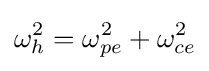
\omega _{h}^{2}=\omega _{pe}^{2}+\omega _{ce}^{2}